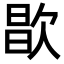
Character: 𣣘